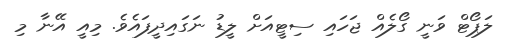
ލަޕޯޓް ވަނީ ގޯލެއް ޖަހައި ސިޓީއަށް ލީޑު ނަގައިދީފައެވެ. މިއީ އޭނާ މި